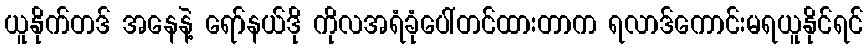
ယူနိုက်တဒ် အနေနဲ့ ရော်နယ်ဒို ကိုလအရံခုံပေါ်တင်ထားတာက ရလာဒ်ကောင်းမရယူနိုင်ရင်